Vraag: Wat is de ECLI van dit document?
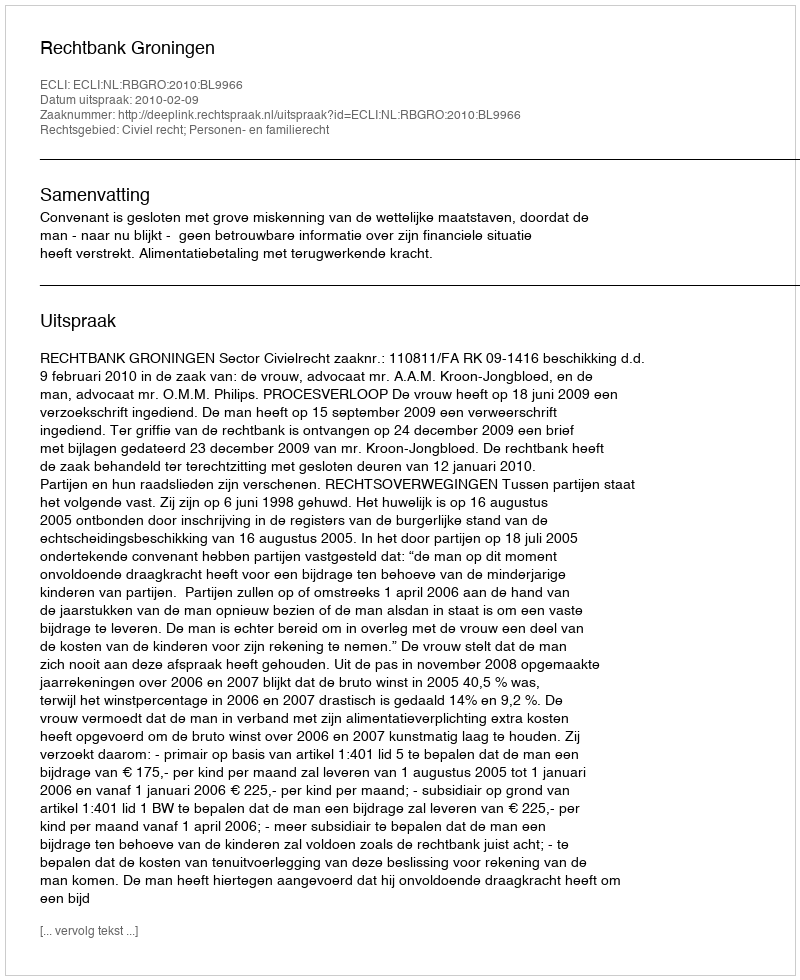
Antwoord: ECLI:NL:RBGRO:2010:BL9966